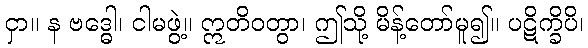
ငှာ။ န ဗဒ္ဓေါ၊ ငါမဖွဲ့။ ဣတိဝတွာ၊ ဤသို့ မိန့်တော်မူ၍။ ပဋိက္ခိပိ၊